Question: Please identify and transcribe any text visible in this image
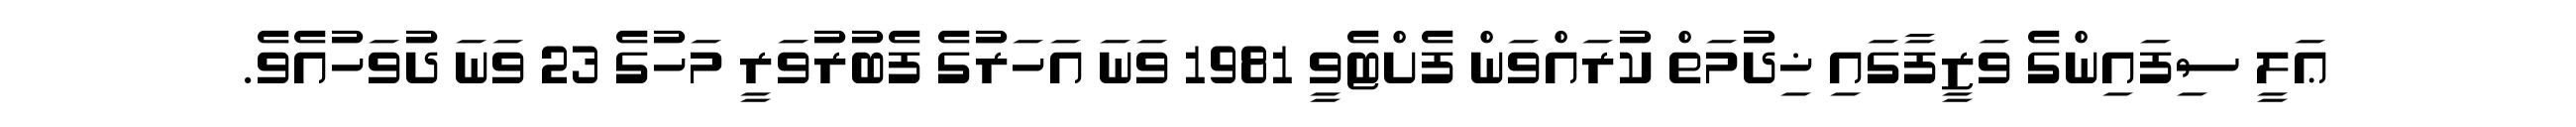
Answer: ޢަލީ ސިފައިންގެ ވަޒީފާގައި ޚިދުމަތް ކުރައްވަން ފެށްޓެވީ 1981 ވަނަ އަހަރުގެ ފެބުރުވަރީ މަހުގެ 23 ވަނަ ދުވަހުއެވެ.